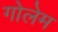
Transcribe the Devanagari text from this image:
गोलेम